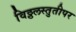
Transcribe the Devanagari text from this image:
विठ्ठलस्तुतीपर